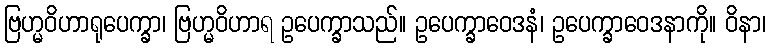
ဗြဟ္မဝိဟာရုပေက္ခာ၊ ဗြဟ္မဝိဟာရ ဥပေက္ခာသည်။ ဥပေက္ခာဝေဒနံ၊ ဥပေက္ခာဝေဒနာကို။ ဝိနာ၊